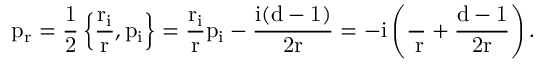
\mathrm { { p _ { r } = \frac { 1 } { 2 } \left\{ \frac { r _ { i } } { r } , p _ { i } \right\} = \frac { r _ { i } } { r } p _ { i } - \frac { i ( d - 1 ) } { 2 r } = - i \left( \frac { \partial } { \partial r } + \frac { d - 1 } { 2 r } \right) . } }